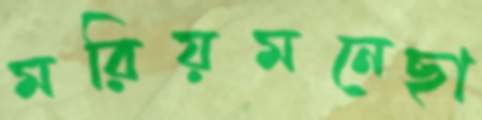
মরিয়মনেছা